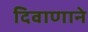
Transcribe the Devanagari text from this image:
दिवाणाने